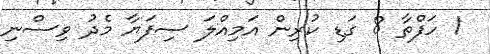
1 ހަފްތާ 8 ގަޑި ކުރިން އަމިއްލަ ސިފަޔާ މެދު ވިސްނި